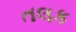
તલક